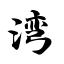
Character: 湾